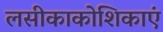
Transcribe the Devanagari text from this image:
लसीकाकोशिकाएं